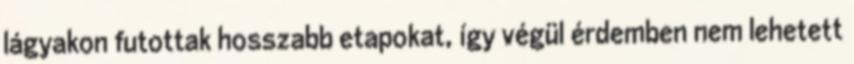
lágyakon futottak hosszabb etapokat, így végül érdemben nem lehetett